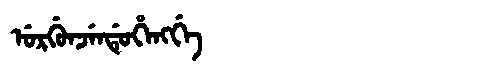
Manchu: ᡠᡵᡤᡠᠨᠵᡝᠨᡩᡠᡥᡝᠩᡤᡝ
Romanization: URGUNJENDUHENGGE